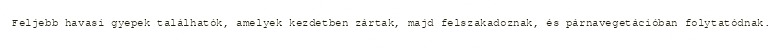
Feljebb havasi gyepek találhatók, amelyek kezdetben zártak, majd felszakadoznak, és párnavegetációban folytatódnak.